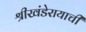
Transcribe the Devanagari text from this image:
श्रीखंडेरायाची